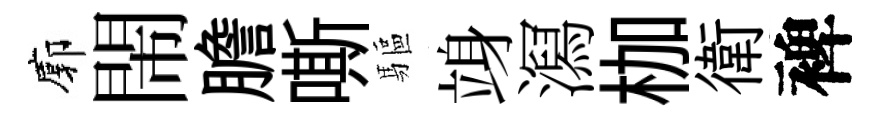
廓閙膽嘶驅竧㵼枷衛裨